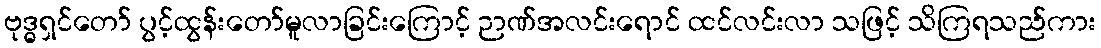
ဗုဒ္ဓရှင်တော် ပွင့်ထွန်းတော်မူလာခြင်းကြောင့် ဉာဏ်အလင်းရောင် ထင်လင်းလာ သဖြင့် သိကြရသည်ကား